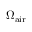
\Omega _ { \mathrm { a i r } }